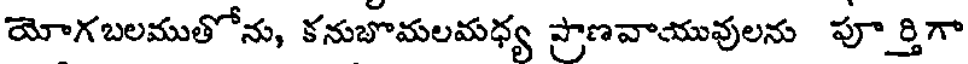
యోగబలముతోను, కనుబొమలమధ్య ప్రాణవాయువులను పూర్తిగా